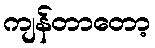
ကျန်တာတော့